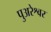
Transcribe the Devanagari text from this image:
पुअरेश्वर